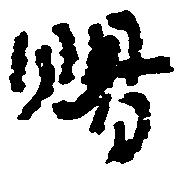
賜